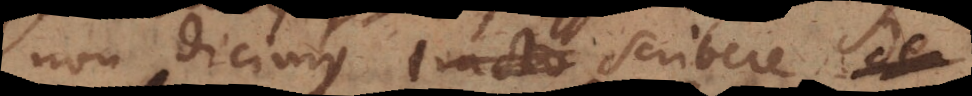
non dicimus tracta scribere